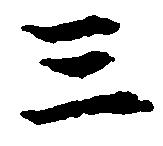
三